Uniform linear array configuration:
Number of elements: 64
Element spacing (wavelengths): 1
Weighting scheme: binomial
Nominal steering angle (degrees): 60
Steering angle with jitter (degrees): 58.651
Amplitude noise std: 0.05
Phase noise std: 0.05

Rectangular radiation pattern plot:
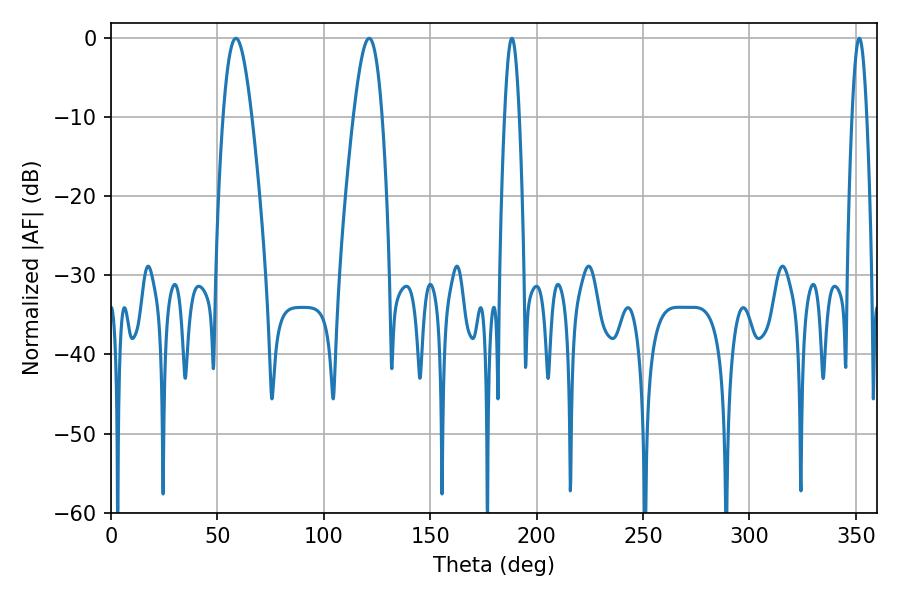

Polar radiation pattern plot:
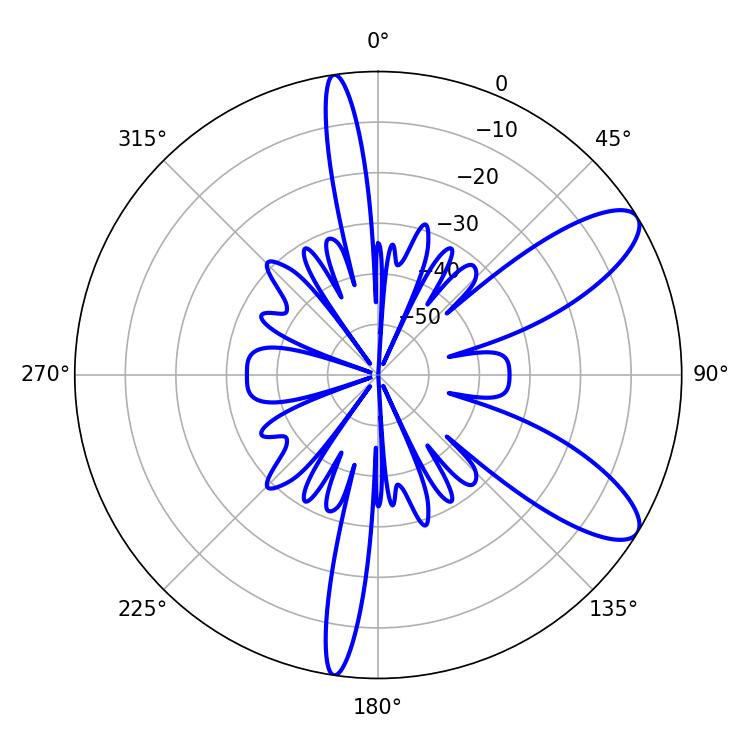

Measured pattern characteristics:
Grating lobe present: TRUE
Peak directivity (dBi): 9.672
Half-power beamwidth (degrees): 7.2
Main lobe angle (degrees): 58.68